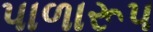
પાળારૂપ